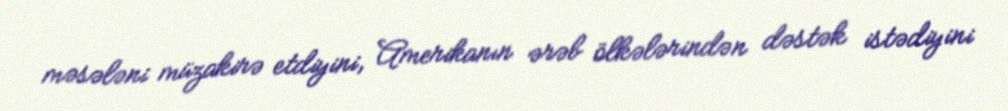
məsələni müzakirə etdiyini, Amerikanın ərəb ölkələrindən dəstək istədiyini